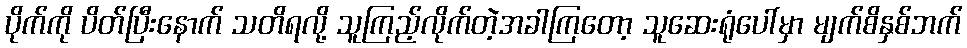
ပိုက်ကို ပိတ်ပြီးနောက် သတိရလို့ သူကြည့်လိုက်တဲ့အခါကြတော့ သူဆေးရုံပေါ်မှာ မျက်စိနှစ်ဘက်